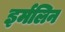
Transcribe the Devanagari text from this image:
इर्मलिन